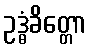
ဥဒ္ဓံခိတ္တော